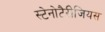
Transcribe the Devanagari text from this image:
स्टेनोटैरीजियस